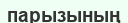
парызының